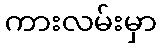
ကားလမ်းမှာ